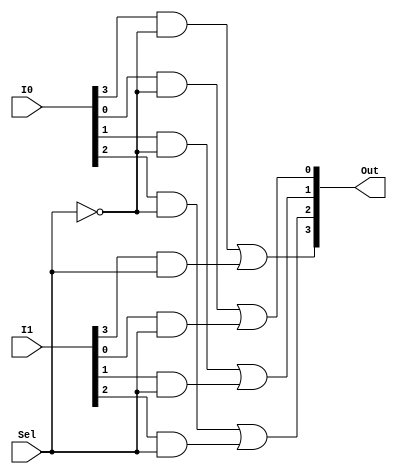
`timescale 1ns/1ns

module Mux2to1_4bit(I0, I1, Sel, Out);

input [3:0] I0, I1;
input Sel;
output [3:0] Out;

wire SelBar;
wire [3:0] OutI0, OutI1;

not SELBAR(SelBar, Sel);

genvar i;
generate
	for(i = 0; i < 4; i = i + 1) begin
		and OUTI0(OutI0[i], I0[i], SelBar);
		and OUTI1(OutI1[i], I1[i], Sel);
		or #5 OUT0(Out[i], OutI0[i], OutI1[i]);
	end
endgenerate

endmodule